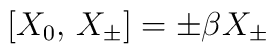
[X_0,\,X_\pm]=\pm\beta X_\pm